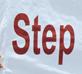
step